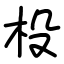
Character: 杸